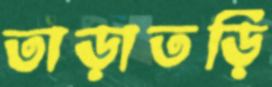
তাড়াতড়ি